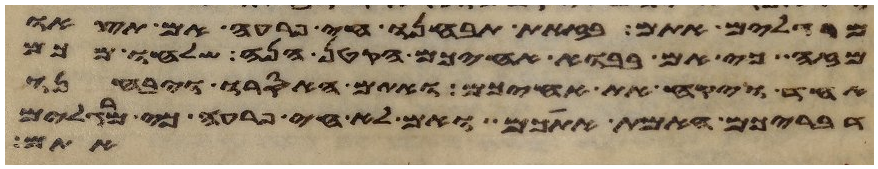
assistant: מרגלים אתם בזאת תבחנו חי פרעה אם תצאו
מזה כי אם בבוא אחיכם הקטן הנה שלחו מכם
אחד ויקח את אחיכם ואתם האסרו ויבחנו
האמת אתכם ואם לא חי פרעה כי מרגלים
אתם